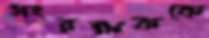
সংরক্ষককে